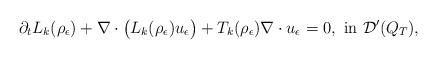
LaTeX: \begin{align*}\partial_t L_k(\rho_\epsilon)+\nabla\cdot\big(L_k(\rho_\epsilon)u_\epsilon\big)+T_k(\rho_\epsilon)\nabla\cdot u_\epsilon=0, \ {\rm{in}}\ \mathcal D'(Q_T),\end{align*}